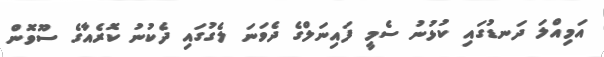
އަމިއްލަ ދަނޑުގައި ކުޅުނު ސެމީ ފައިނަލްގެ ދެވަނަ ލެގުގައި ދެކުނު ކޮރެއާގެ ސޫވޮން